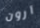
آرون